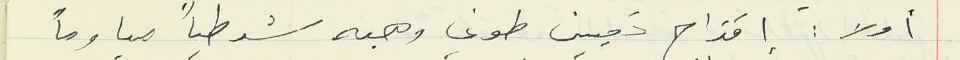
أولا : اقتراح تعيين طوني وهبه شرطياً مياوماً